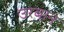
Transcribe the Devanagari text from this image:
उरबान